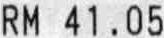
RM 41.05